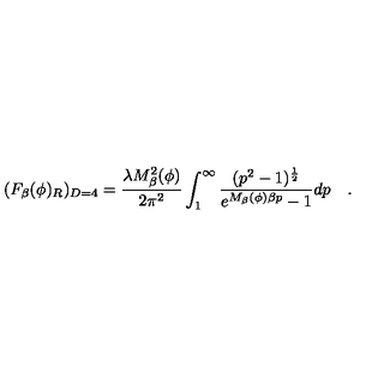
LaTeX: ( F _ { \beta } ( \phi ) _ { R } ) _ { D = 4 } = \frac { \lambda M _ { \beta } ^ { 2 } ( \phi ) } { 2 \pi ^ { 2 } } \int _ { 1 } ^ { \infty } \frac { ( p ^ { 2 } - 1 ) ^ { \frac 1 2 } } { e ^ { M _ { \beta } ( \phi ) \beta p } - 1 } d p \quad .